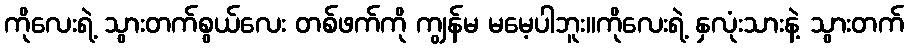
ကိုလေးရဲ့ သွားတက်စွယ်လေး တစ်ဖက်ကို ကျွန်မ မမေ့ပါဘူး။ကိုလေးရဲ့ နှလုံးသားနဲ့ သွားတက်